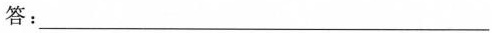
答：___